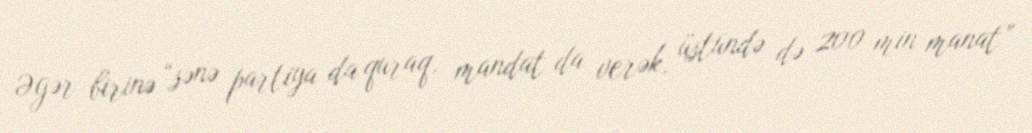
Əgər birinə “sənə partiya da quraq, mandat da verək, üstündə də 200 min manat”